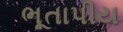
ભૂતાપીય